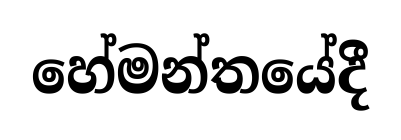
හේමන්තයේදී